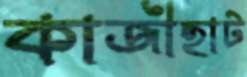
কাজীহাট